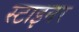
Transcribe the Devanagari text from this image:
स्टाइनर